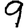
Digit: 9